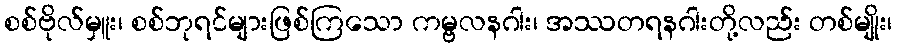
စစ်ဗိုလ်မှူး၊ စစ်ဘုရင်များဖြစ်ကြသော ကမ္ဗလနဂါး၊ အဿတရနဂါးတို့လည်း တစ်မျိုး၊